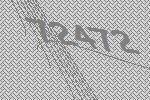
72472